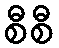
စီစီ